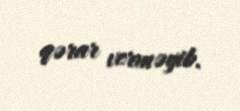
qərar verməyib.